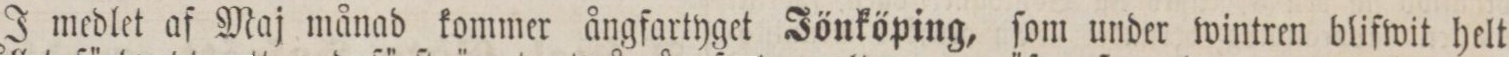
J medlet af Maj månad kommer ångfartyget Jönköping, ſom under wintren blifwit helt